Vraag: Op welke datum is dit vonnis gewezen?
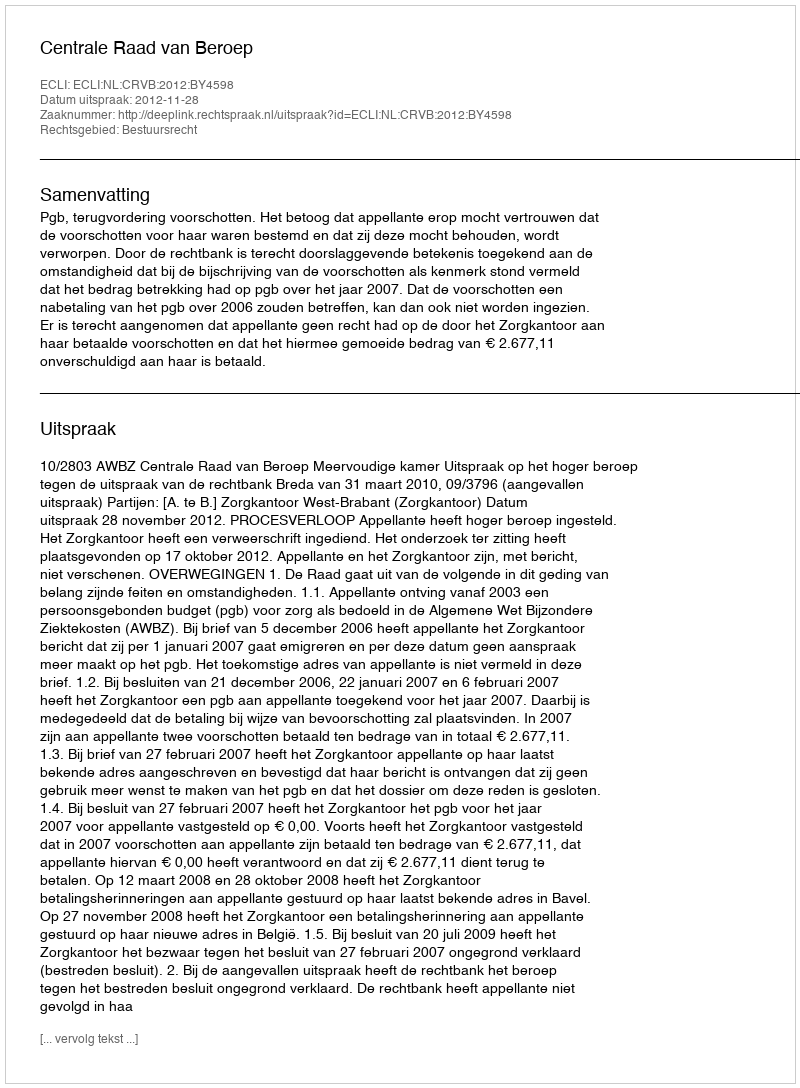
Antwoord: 2012-11-28